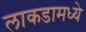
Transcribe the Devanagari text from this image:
लाकडामध्ये